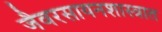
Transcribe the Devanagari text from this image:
जैवरसायनशास्त्रात